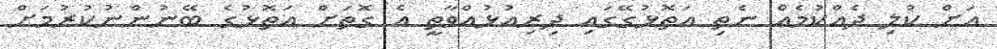
އަށް ކުލި ދެއްކުމެއް ނެތި އަތޮޅުގޭގައި ދިިރިއުޅުއްވާތީ އެ ގޮތަށް އަތޮޅުގެ ބޭނުންނުކުރުމަށް